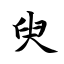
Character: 臾